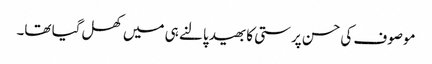
موصوف کی حسن پرستی کا بھید پالنے ہی میں کھل گیا تھا۔